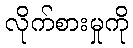
လိုက်စားမှုကို